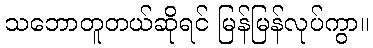
သဘောတူတယ်ဆိုရင် မြန်မြန်လုပ်ကွာ။